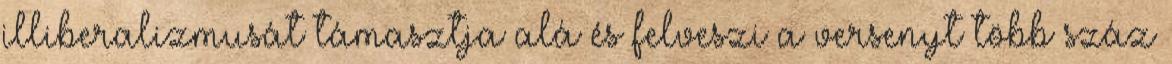
illiberalizmusát támasztja alá és felveszi a versenyt több száz